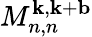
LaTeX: M_{n,n}^{\mathbf{k},\mathbf{k}+\mathbf{b}}